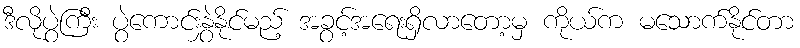
ဒီလိုပွဲကြီး ပွဲကောင်းနွှဲနိုင်မည့် အခွင့်အရေးရှိလာတော့မှ ကိုယ်က မသောက်နိုင်တာ